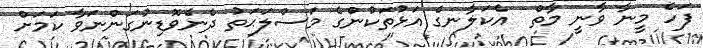
ފަހެ މީނާ ވާނީ މާތް  އެކަލާނގެ އަޅުތަކުންގެ މަސްލަޙަތު ދެނެވޮޑިނުގަންނަވާ ކަމަށް